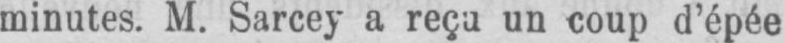
minutes. M. Sarcey a reçu un coup d’épée